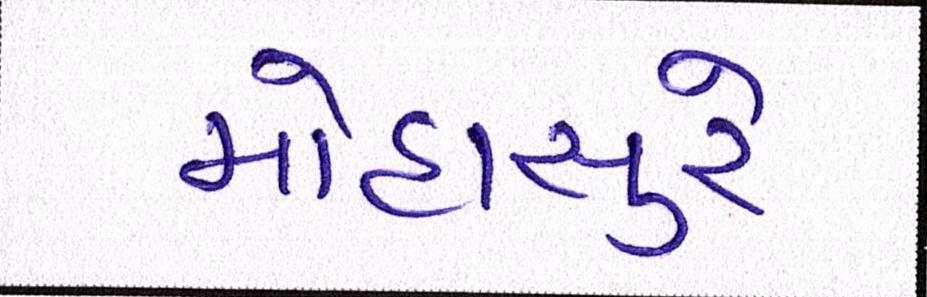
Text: મોહાસુરે